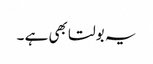
یہ بولتا بھی ہے ۔